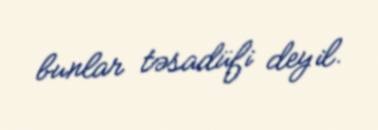
bunlar təsadüfi deyil.